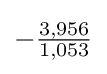
-{\tfrac {3,956}{1,053}}